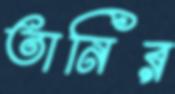
তানির